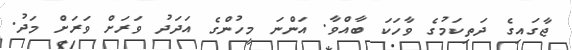
ޖާގައިގެ ދަތިކަމުގެ ވާހަކަ ބާއްވާ. އަންނަ މީހުންގެ އަދަދު ވަރަށް ވަރަށް މަދު.